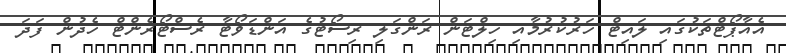
އެއާޕޯޓްތަކުގައި ލައިޓް ހަރުކުރުމާއި ހިލްޓަން ރަންގަލި ރިސޯޓުގެ އަންޑަވޯޓާ ރެސްޓޯރެންޓް ހެދުން ފަދަ